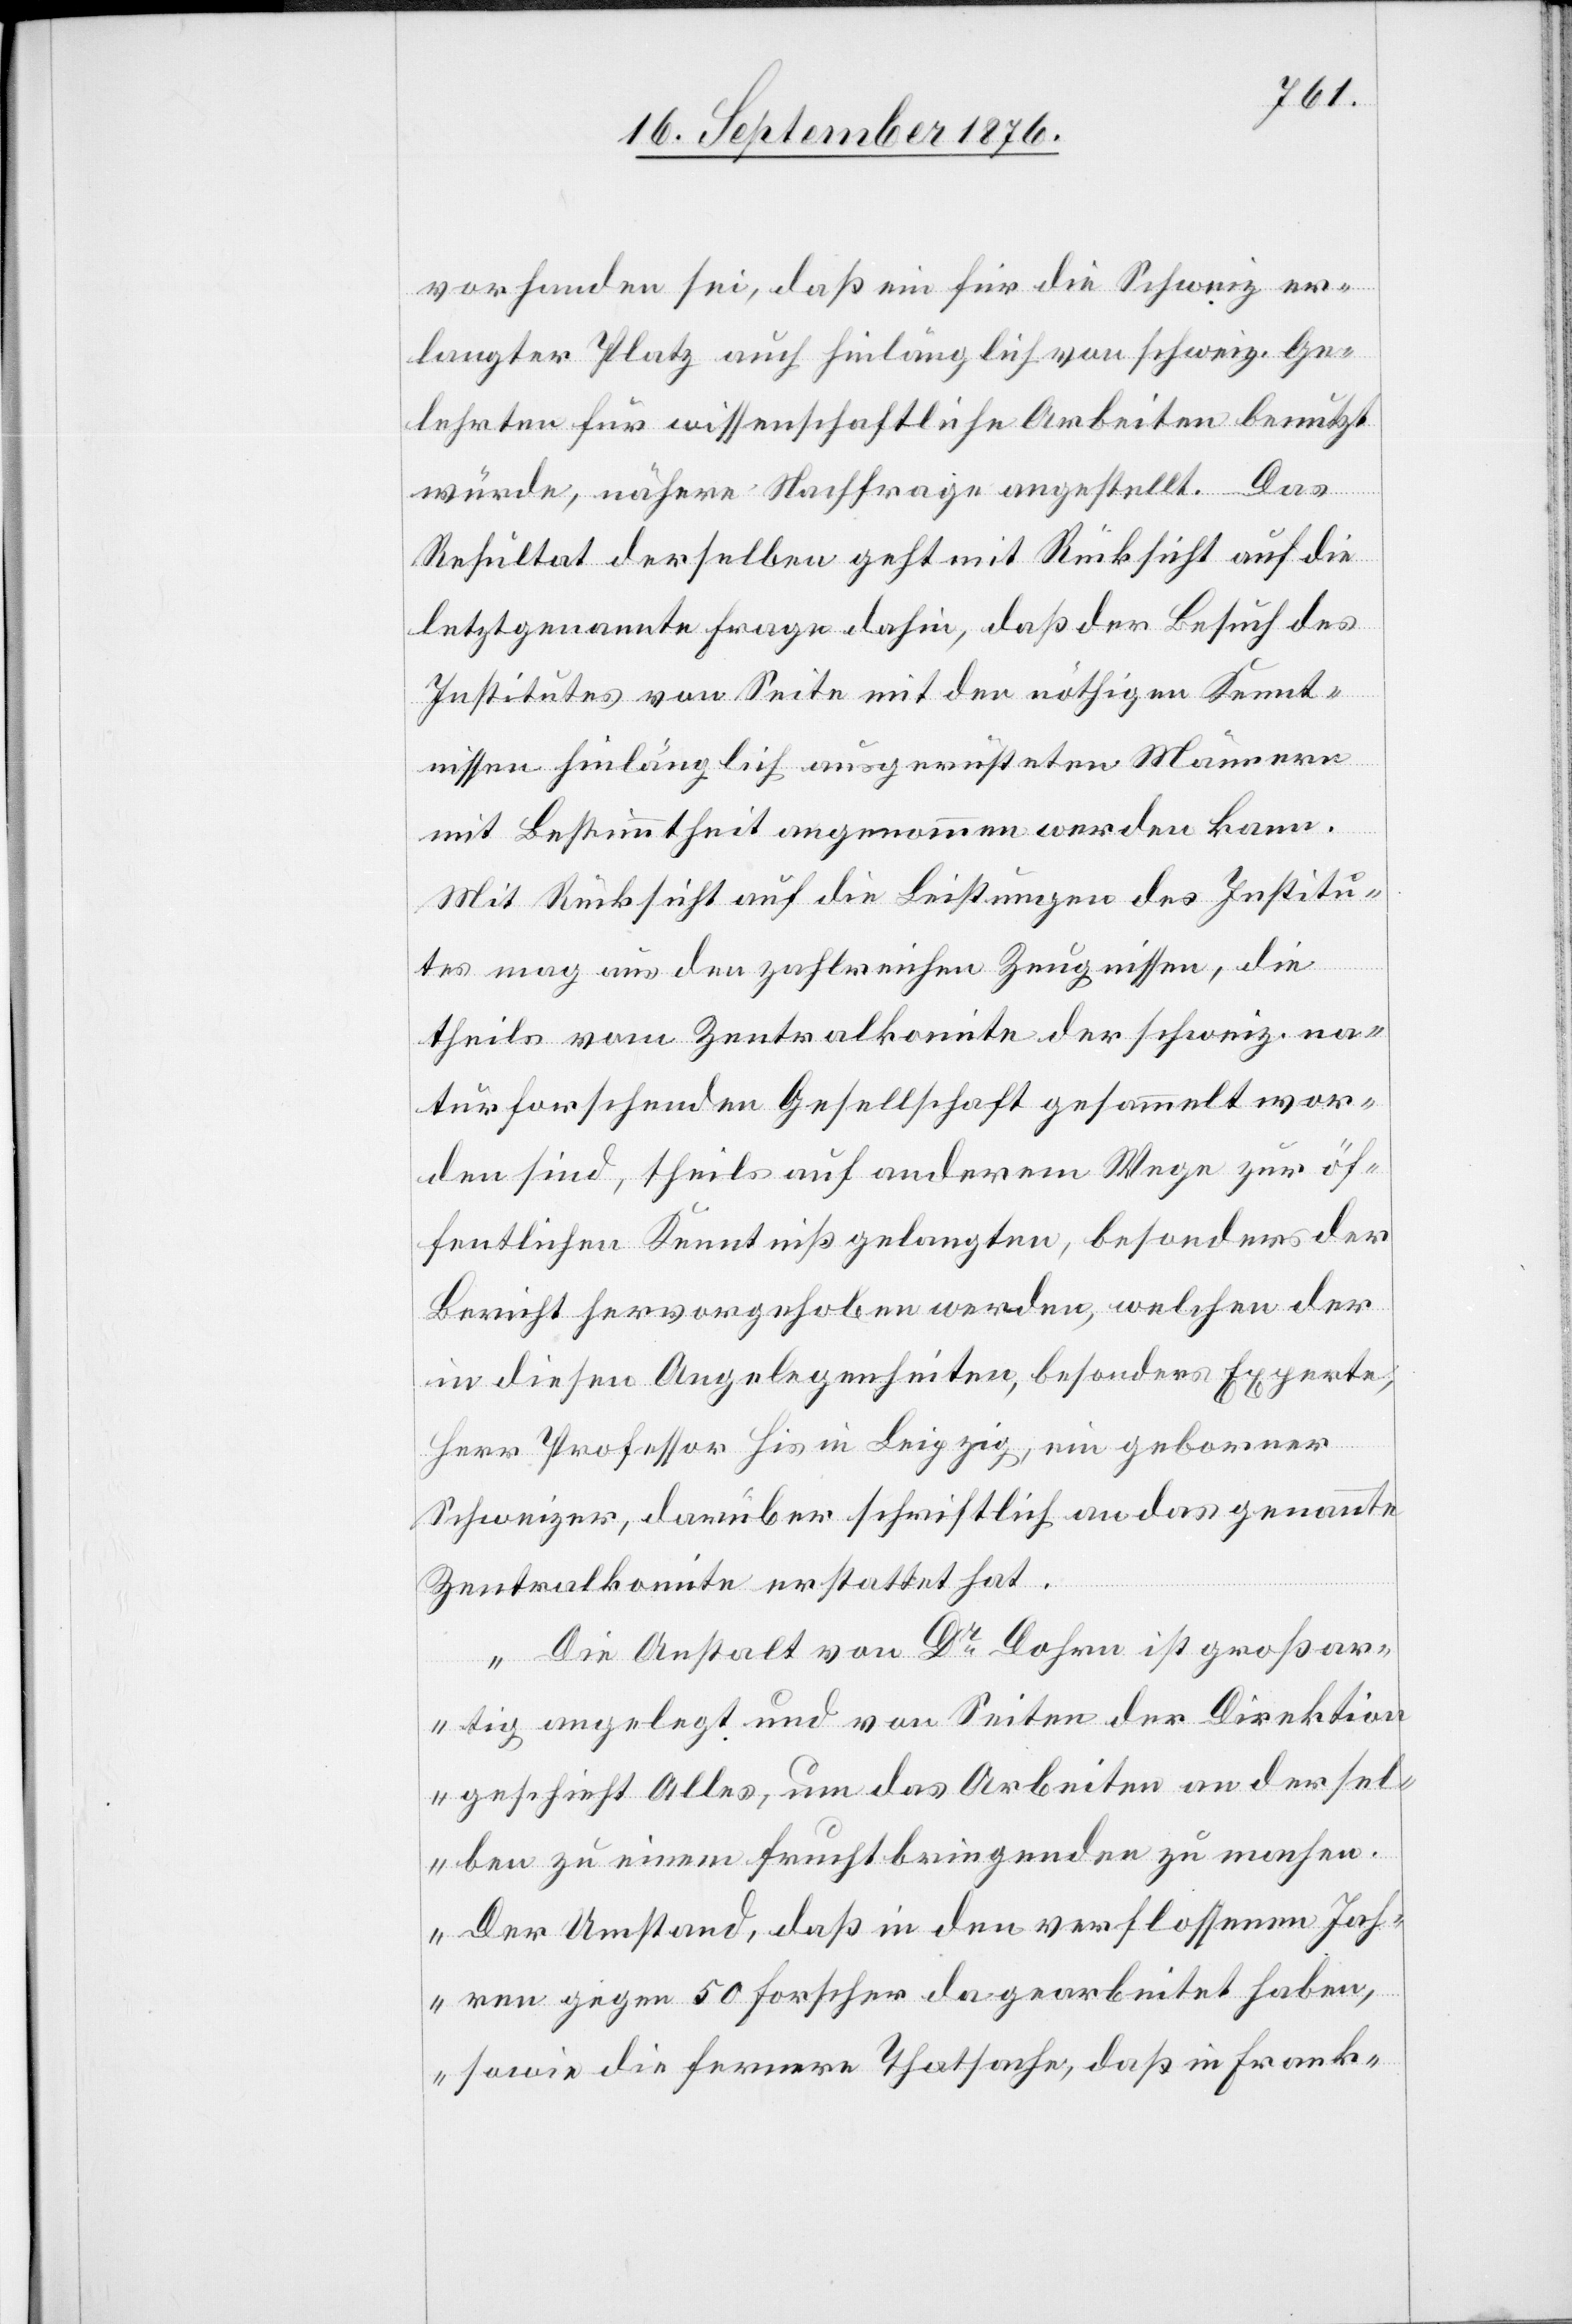
vorhanden sei, daß ein für die Schweiz er¬
langter Platz auch hinlänglich von schweiz. Ge¬
lehrten für wissenschaftliche Arbeiten benutzt
würde, nähere Nachfrage angestellt. Das
Resultat derselben geht mit Rücksicht auf die
letztgenannte Frage dahin, daß der Besuch des
Institutes von Seite mit den nöthigen Kennt¬
nissen hinlänglich ausgerüsteten Männern
mit Bestimmtheit angenommen werden kann.
Mit Rücksicht auf die Leistungen des Institu¬
tes mag aus den zahlreichen Zeugnissen, die
theils vom Zentralkomite der schweiz. na¬
turforschenden Gesellschaft gesammelt wor¬
den sind, theils auf anderem Wege zur öf¬
fentlichen Kenntniß gelangten, besonders der
Bericht hervorgehoben werden, welchen der
in diesen Angelegenheiten, besonders Experte
Herr Professor His in Leipzig, ein geborener
Schweizer, darüber schriftlich an das genannte
Zentralkomite erstattet hat.
„Die Anstalt von Dr Dohrn ist großar¬
tig angelegt und von Seiten der Direktion
geschieht Alles, um das Arbeiten an dersel¬
ben zu einem Fruchtbringenden zu machen.
Der Umstand, daß in den verflossenen Jah¬
ren gegen 50 Forscher da gearbeitet haben,
sowie die fernere Thatsache, daß in Frank-